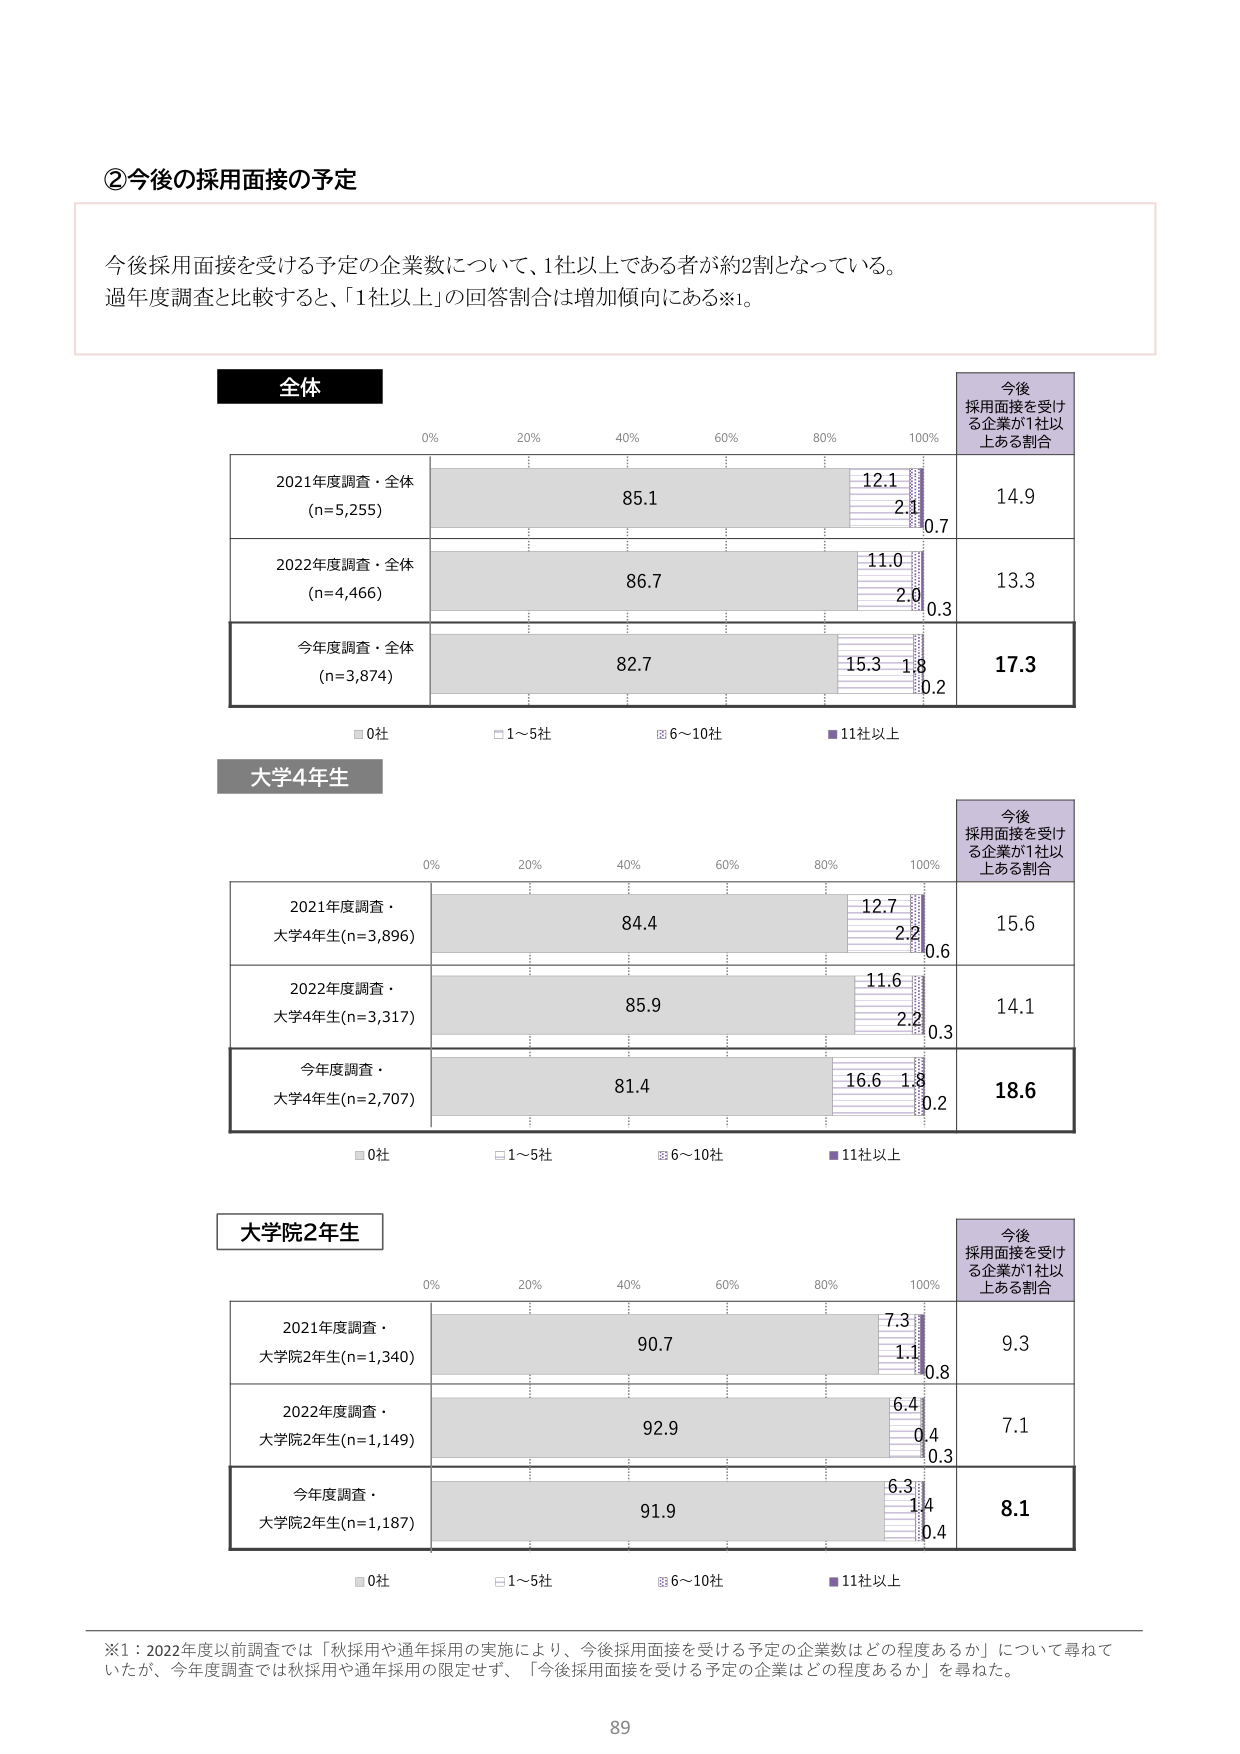
②今後の採用面接の予定

今後採用面接を受ける予定の企業数について、1社以上である者が約2割となっている。
過年度調査と比較すると、「1社以上」の回答割合は増加傾向にある※1。

全体
0% 20% 40% 60% 80% 100%
今後
採用面接を受け
る企業が1社以
上ある割合
2021年度調査・全体
(n=5,255)
85.1 12.1 2.1 0.7 14.9
2022年度調査・全体
(n=4,466)
86.7 11.0 2.0 0.3 13.3
今年度調査・全体
(n=3,874)
82.7 15.3 1.8 0.2 17.3
■0社 □1～5社 ◎6～10社 ■11社以上

大学4年生
0% 20% 40% 60% 80% 100%
今後
採用面接を受け
る企業が1社以
上ある割合
2021年度調査・
大学4年生(n=3,896)
84.4 12.7 2.2 0.6 15.6
2022年度調査・
大学4年生(n=3,317)
85.9 11.6 2.2 0.3 14.1
今年度調査・
大学4年生(n=2,707)
81.4 16.6 1.8 0.2 18.6
■0社 □1～5社 ◎6～10社 ■11社以上

大学院2年生
0% 20% 40% 60% 80% 100%
今後
採用面接を受け
る企業が1社以
上ある割合
2021年度調査・
大学院2年生(n=1,340)
90.7 7.3 1.1 0.8 9.3
2022年度調査・
大学院2年生(n=1,149)
92.9 6.4 0.4 0.3 7.1
今年度調査・
大学院2年生(n=1,187)
91.9 6.3 1.4 0.4 8.1
■0社 □1～5社 ◎6～10社 ■11社以上

※1：2022年度以前調査では「秋採用や通年採用の実施により、今後採用面接を受ける予定の企業数はどの程度あるか」について尋ねていたが、今年度調査では秋採用や通年採用の限定せず、「今後採用面接を受ける予定の企業はどの程度あるか」を尋ねた。

89